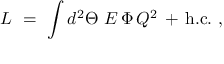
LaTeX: { \cal L } \ = \ \int d ^ { 2 } \Theta \ { \cal E } \, \Phi \, Q ^ { 2 } \, + \, \mathrm { h . c . } ~ ,